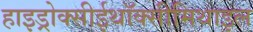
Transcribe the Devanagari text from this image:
हाइड्रोक्सीईथॉक्सीमिथाइल